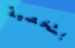
بشخصية